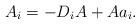
LaTeX: \begin{gather*}A_i = - D_i A + Aa_i .\end{gather*}